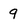
Character: 9